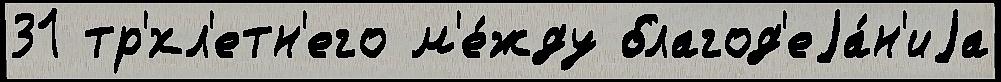
31 тр'́хл'етн'его м'е́жду благод'еjа́н'иjа